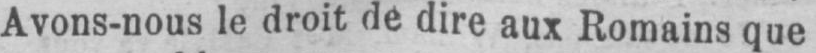
Avons-nous le droit de dire aux Romains que